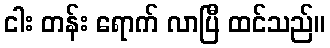
ငါး တန်း ရောက် လာပြီ ထင်သည်။